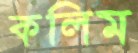
কলিম